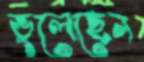
ভুলেছেন